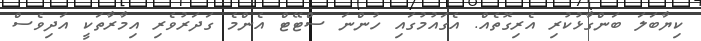
ކިޔާބަލަ ބަންގާޅުކުރި އެރިގޮތެއް. އެގައުމުގައި ހުންނަ ސްޓޭޓް އެންމެ ގަދަރުވެެރި އިމާރާތަކީ އަދިވެސް